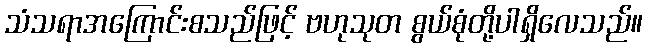
သံသရာအကြောင်းစသည်ဖြင့် ဗဟုသုတ စွယ်စုံတို့ပါရှိလေသည်။